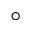
^ \circ